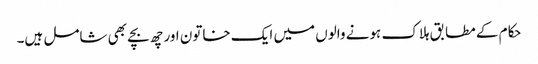
حکام کے مطابق ہلاک ہونے والوں میں ایک خاتون اور چھ بچے بھی شامل ہیں۔